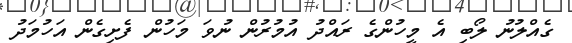
ގެއްލުނު ލޯބި އެ މީހުންގެ ރައްދު އުމުރުން ނުވަ މަހުން ފެށިގެން އަހުމަދު